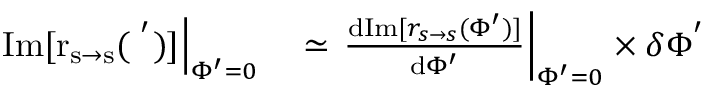
\begin{array} { r l } { \left. \mathrm { I m [ r _ { s \rightarrow s } ( \Phi ^ { ' } ) ] } \right| _ { \Phi ^ { \prime } = 0 } } & { { } \simeq \left. \frac { \mathrm { d } \mathrm { I m } [ r _ { s \rightarrow s } ( \Phi ^ { \prime } ) ] } { \mathrm { d } \Phi ^ { \prime } } \right| _ { \Phi ^ { \prime } = 0 } \times \delta \Phi ^ { ' } } \end{array}